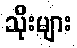
သိုးများ